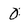
Character: 0